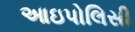
આઇપોલિસી